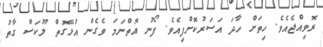
ރޮވިއްޖެއެވެ. ހިތަށް ހާދަ އަސަރުކޮށްފިއެވެ. ފޯނު އޮތްނަމަ ވެގެން އުޅޭގޮތް ލޫކަސް ގާތު